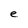
Character: e